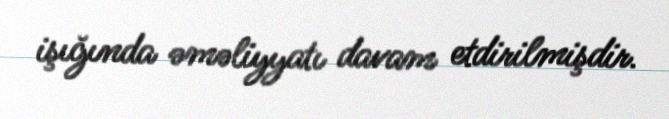
işığında əməliyyatı davam etdirilmişdir.